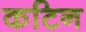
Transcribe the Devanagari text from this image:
कटिन